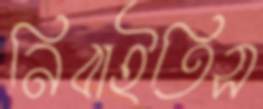
নিবাইতিস